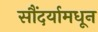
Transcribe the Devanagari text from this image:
सौंदर्यामधून